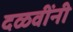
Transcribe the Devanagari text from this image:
दळवींनी